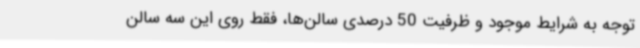
توجه به شرایط موجود و ظرفیت 50 درصدی سالن‌ها، فقط روی این سه سالن